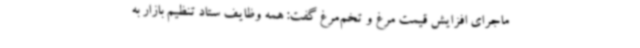
ماجرای افزایش قیمت مرغ و تخم‌مرغ گفت: همه وظایف ستاد تنظیم بازار به